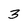
Character: 3